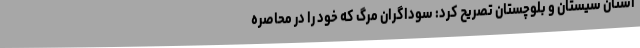
استان سیستان و بلوچستان تصریح کرد: سوداگران مرگ که خود را در محاصره